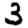
Digit: 3